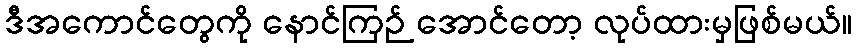
ဒီအကောင်တွေကို နောင်ကြဉ် အောင်တော့ လုပ်ထားမှဖြစ်မယ်။